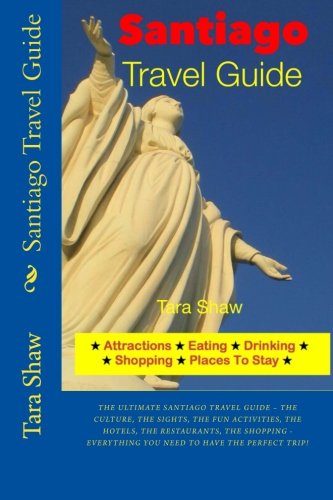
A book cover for Santiago Travel Guide - Attractions, Eating, Drinking, Shopping & Places; Tara Shaw; Travel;